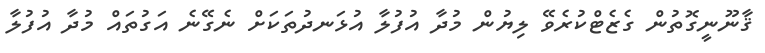
ޤާނޫނީގޮތުން ގެޒެޓްކުރެވޭ ލިޔުން މުދާ އުފުލާ އުޅަނދުތަކަށް ނެގޭނެ އަގުތައް މުދާ އުފުލާ